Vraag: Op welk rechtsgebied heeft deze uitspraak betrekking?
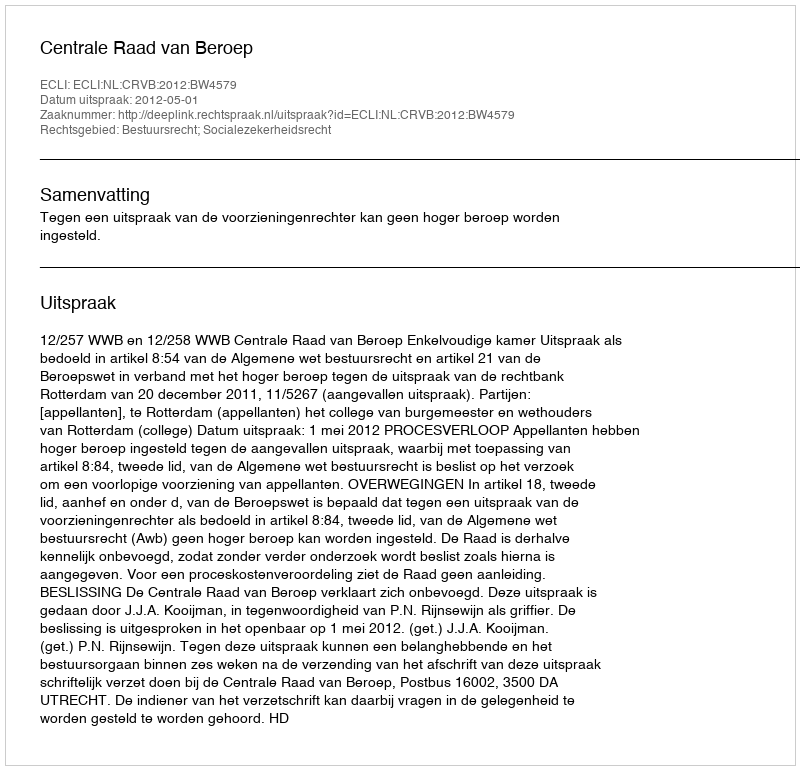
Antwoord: Bestuursrecht; Socialezekerheidsrecht